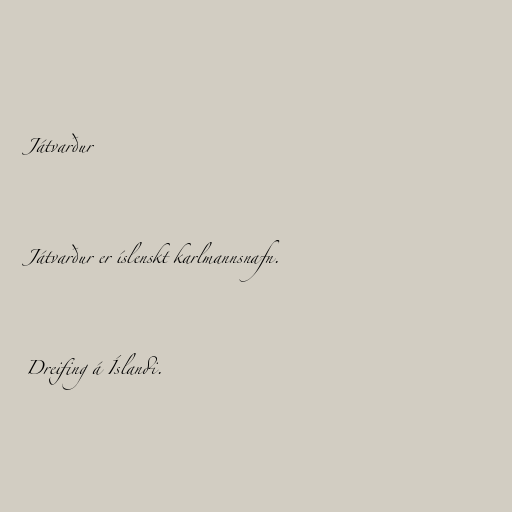
Játvarður

Játvarður er íslenskt karlmannsnafn.

Dreifing á Íslandi.